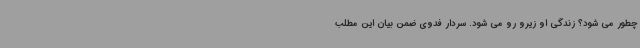
چطور می شود؟ زندگی او زیرو رو می شود. سردار فدوی ضمن بیان این مطلب